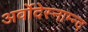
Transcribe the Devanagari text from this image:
अर्वोदेस्नाम्न्द